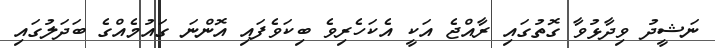
ނަޝީދު ވިދާޅުވާ ގޮތުގައި ރާއްޖެ އަކީ އެކަހެރިވެ ބިކަވެފައި އޮންނަ ގައުމެއްގެ ބަދަލުގައި